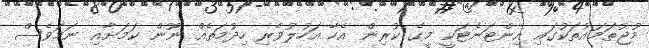
މުޖުތަމައުތަކުގައި އިންޓަނެޓަކީ މީގެ ކުރިން އެހާ އަހުލުވެރި ހިދުމަތެއް ނޫން ކަމަށާއި ނަމަވެސް